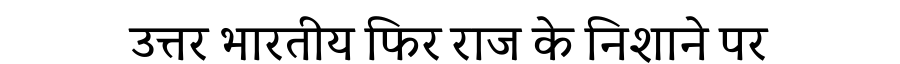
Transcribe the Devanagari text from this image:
उत्तर भारतीय फिर राज के निशाने पर